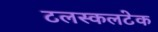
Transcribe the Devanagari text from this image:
टलस्कलटेक